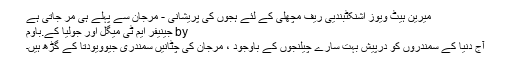
میرین ہیٹ ویوز اشنکٹبندیی ریف مچھلی کے لئے ہجوں کی پریشانی - مرجان سے پہلے ہی مر جاتی ہے
by جینیفر ایم ٹی میگل اور جولیا کے.باوم
آج دنیا کے سمندروں کو درپیش بہت سارے چیلنجوں کے باوجود ، مرجان کی چٹانیں سمندری جیوویودتا کے گڑھ ہیں۔